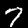
Digit: 7